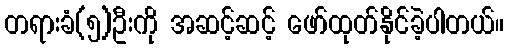
တရားခံ(၅)ဦးကို အဆင့်ဆင့် ဖော်ထုတ်နိုင်ခဲ့ပါတယ်။